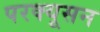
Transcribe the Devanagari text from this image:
परक्यूसन